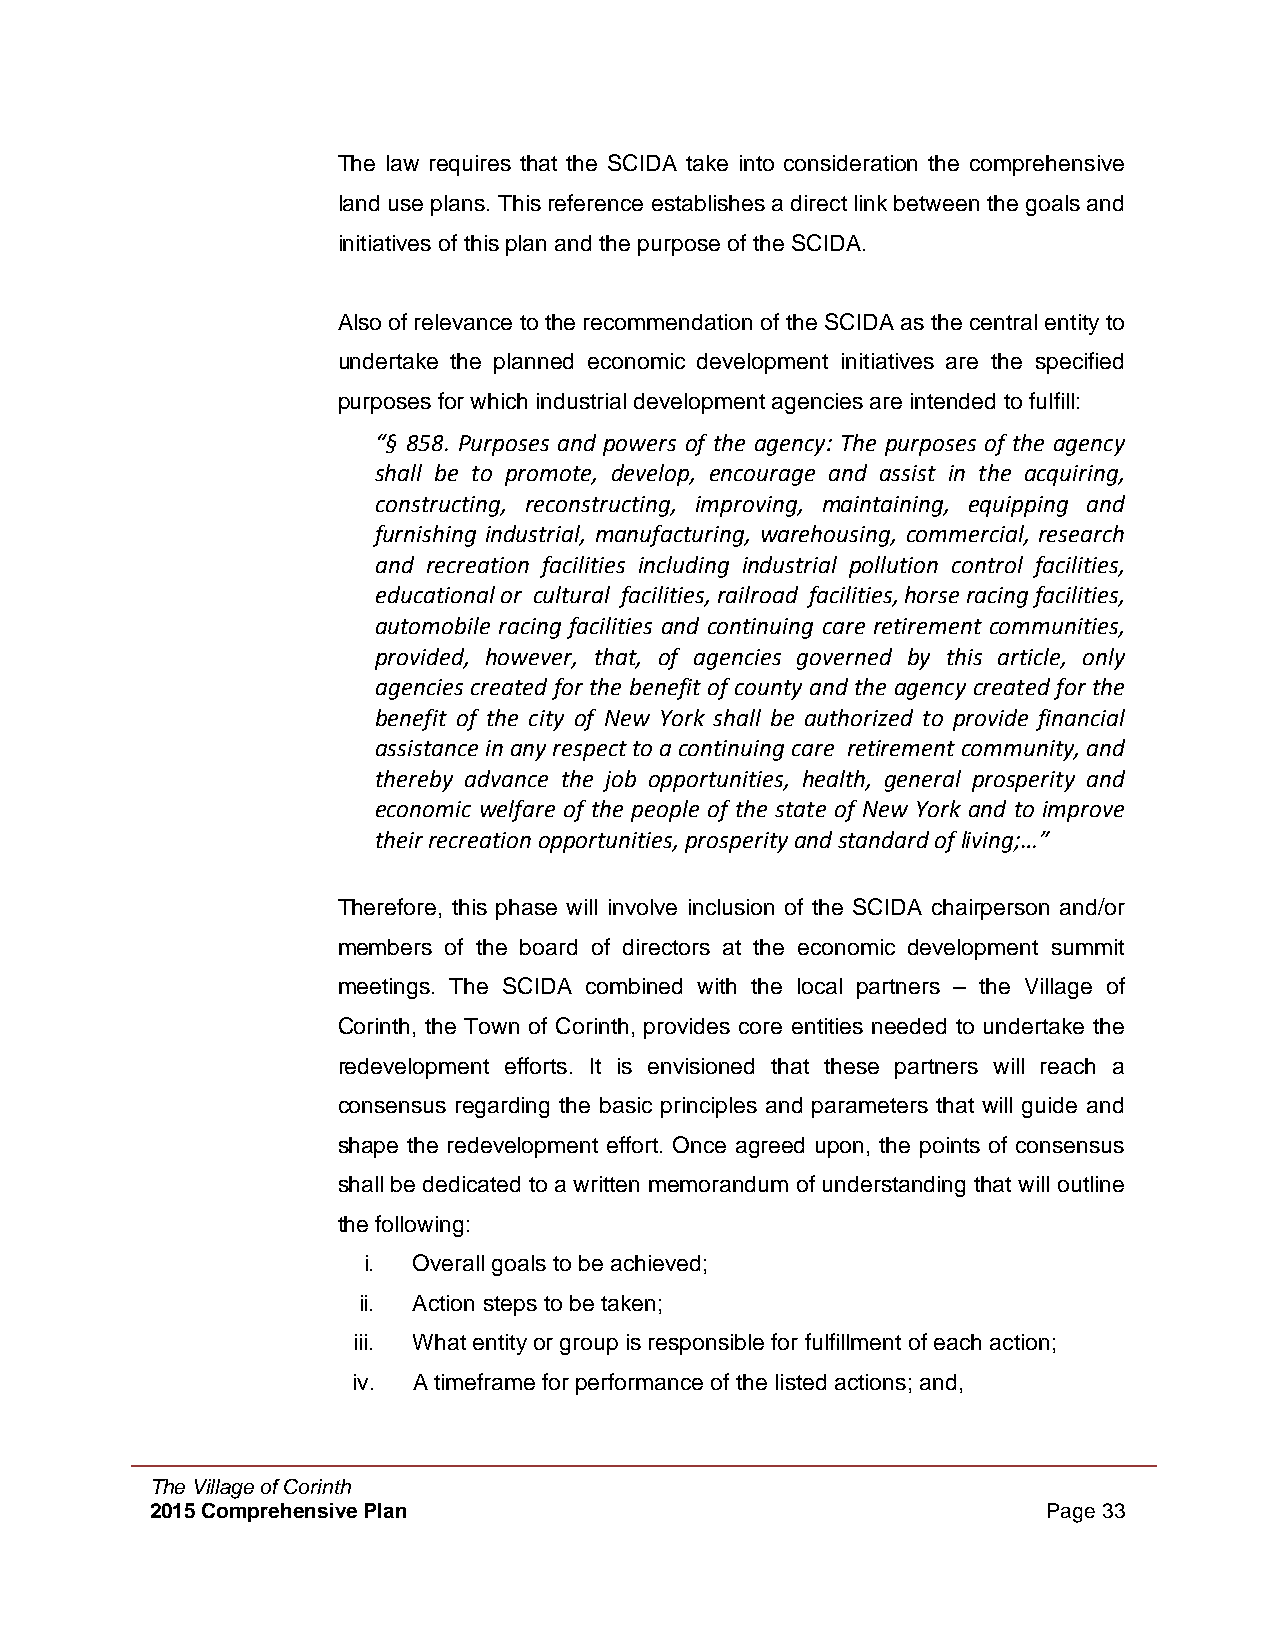
The law requires that the SCIDA take into consideration the comprehensive
 land use plans. This reference establishes a direct link between the goals and
 initiatives of this plan and the purpose of the SCIDA.
 Also of relevance to the recommendation of the SCIDA as the central entity to
 undertake the planned economic development initiatives are the specified
 purposes for which industrial development agencies are intended to fulfill:
 “§ 858. Purposes and powers of the agency: The purposes of the agency
 shall be to promote, develop, encourage and assist in the acquiring,
 constructing, reconstructing, improving, maintaining, equipping and
 furnishing industrial, manufacturing, warehousing, commercial, research
 and recreation facilities including industrial pollution control facilities,
 educational or cultural facilities, railroad facilities, horse racing facilities,
 automobile racing facilities and continuing care retirement communities,
 provided, however, that, of agencies governed by this article, only
 agencies created for the benefit of county and the agency created for the
 benefit of the city of New York shall be authorized to provide financial
 assistance in any respect to a continuing care retirement community, and
 thereby advance the job opportunities, health, general prosperity and
 economic welfare of the people of the state of New York and to improve
 their recreation opportunities, prosperity and standard of living;…”
 Therefore, this phase will involve inclusion of the SCIDA chairperson and/or
 members of the board of directors at the economic development summit
 meetings. The SCIDA combined with the local partners – the Village of
 Corinth, the Town of Corinth, provides core entities needed to undertake the
 redevelopment efforts. It is envisioned that these partners will reach a
 consensus regarding the basic principles and parameters that will guide and
 shape the redevelopment effort. Once agreed upon, the points of consensus
 shall be dedicated to a written memorandum of understanding that will outline
 the following:
 i. Overall goals to be achieved;
 ii. Action steps to be taken;
 iii. What entity or group is responsible for fulfillment of each action;
 iv. A timeframe for performance of the listed actions; and,
 The Village of Corinth
 2015 Comprehensive Plan                                    Page 33